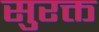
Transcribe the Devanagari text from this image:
सुरक्त